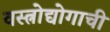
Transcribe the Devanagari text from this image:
वस्त्रोद्योगाची